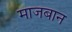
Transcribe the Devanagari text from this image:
माजबान